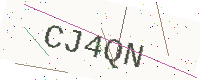
Text: CJ4QN